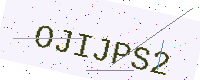
Text: OJIJPS2